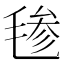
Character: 毶